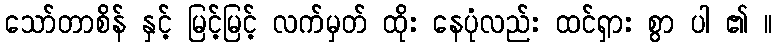
သော်တာစိန် နှင့် မြင့်မြင့် လက်မှတ် ထိုး နေပုံလည်း ထင်ရှား စွာ ပါ ၏ ။